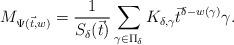
LaTeX: \begin{align*}M_{\Psi(\vec{t},w)}=\frac{1}{S_{\delta}(\vec{t})}\sum_{\gamma\in\Pi_{\delta}}K_{\delta,\gamma}\vec{t}^{\delta-w(\gamma)}\gamma.\end{align*}